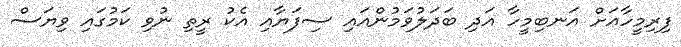
ފިރިމީހާއަށް އަނބިމީހާ އަދި ބަދަލުވަމުންއައި ސިފަޔާއި އެކު ރީތި ނުވި ކަމުގައި ވިޔަސް